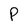
Character: P